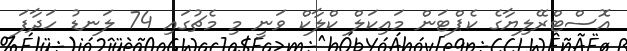
އޮސްޓްރޭލިޔާގެ ކެޕްޓަން މައިކަލް ކްލާކް ވަނީ މި މެޗުގައި 74 ލަނޑު ހަދާފަ